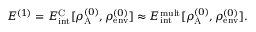
\begin{array} { r } { E ^ { ( 1 ) } = E _ { \mathrm { i n t } } ^ { \mathrm { C } } [ \rho _ { \mathrm { A } } ^ { ( 0 ) } , \rho _ { \mathrm { e n v } } ^ { ( 0 ) } ] \approx E _ { \mathrm { i n t } } ^ { \mathrm { m u l t } } [ \rho _ { \mathrm { A } } ^ { ( 0 ) } , \rho _ { \mathrm { e n v } } ^ { ( 0 ) } ] . } \end{array}